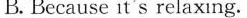
B.Because it's relaxing.